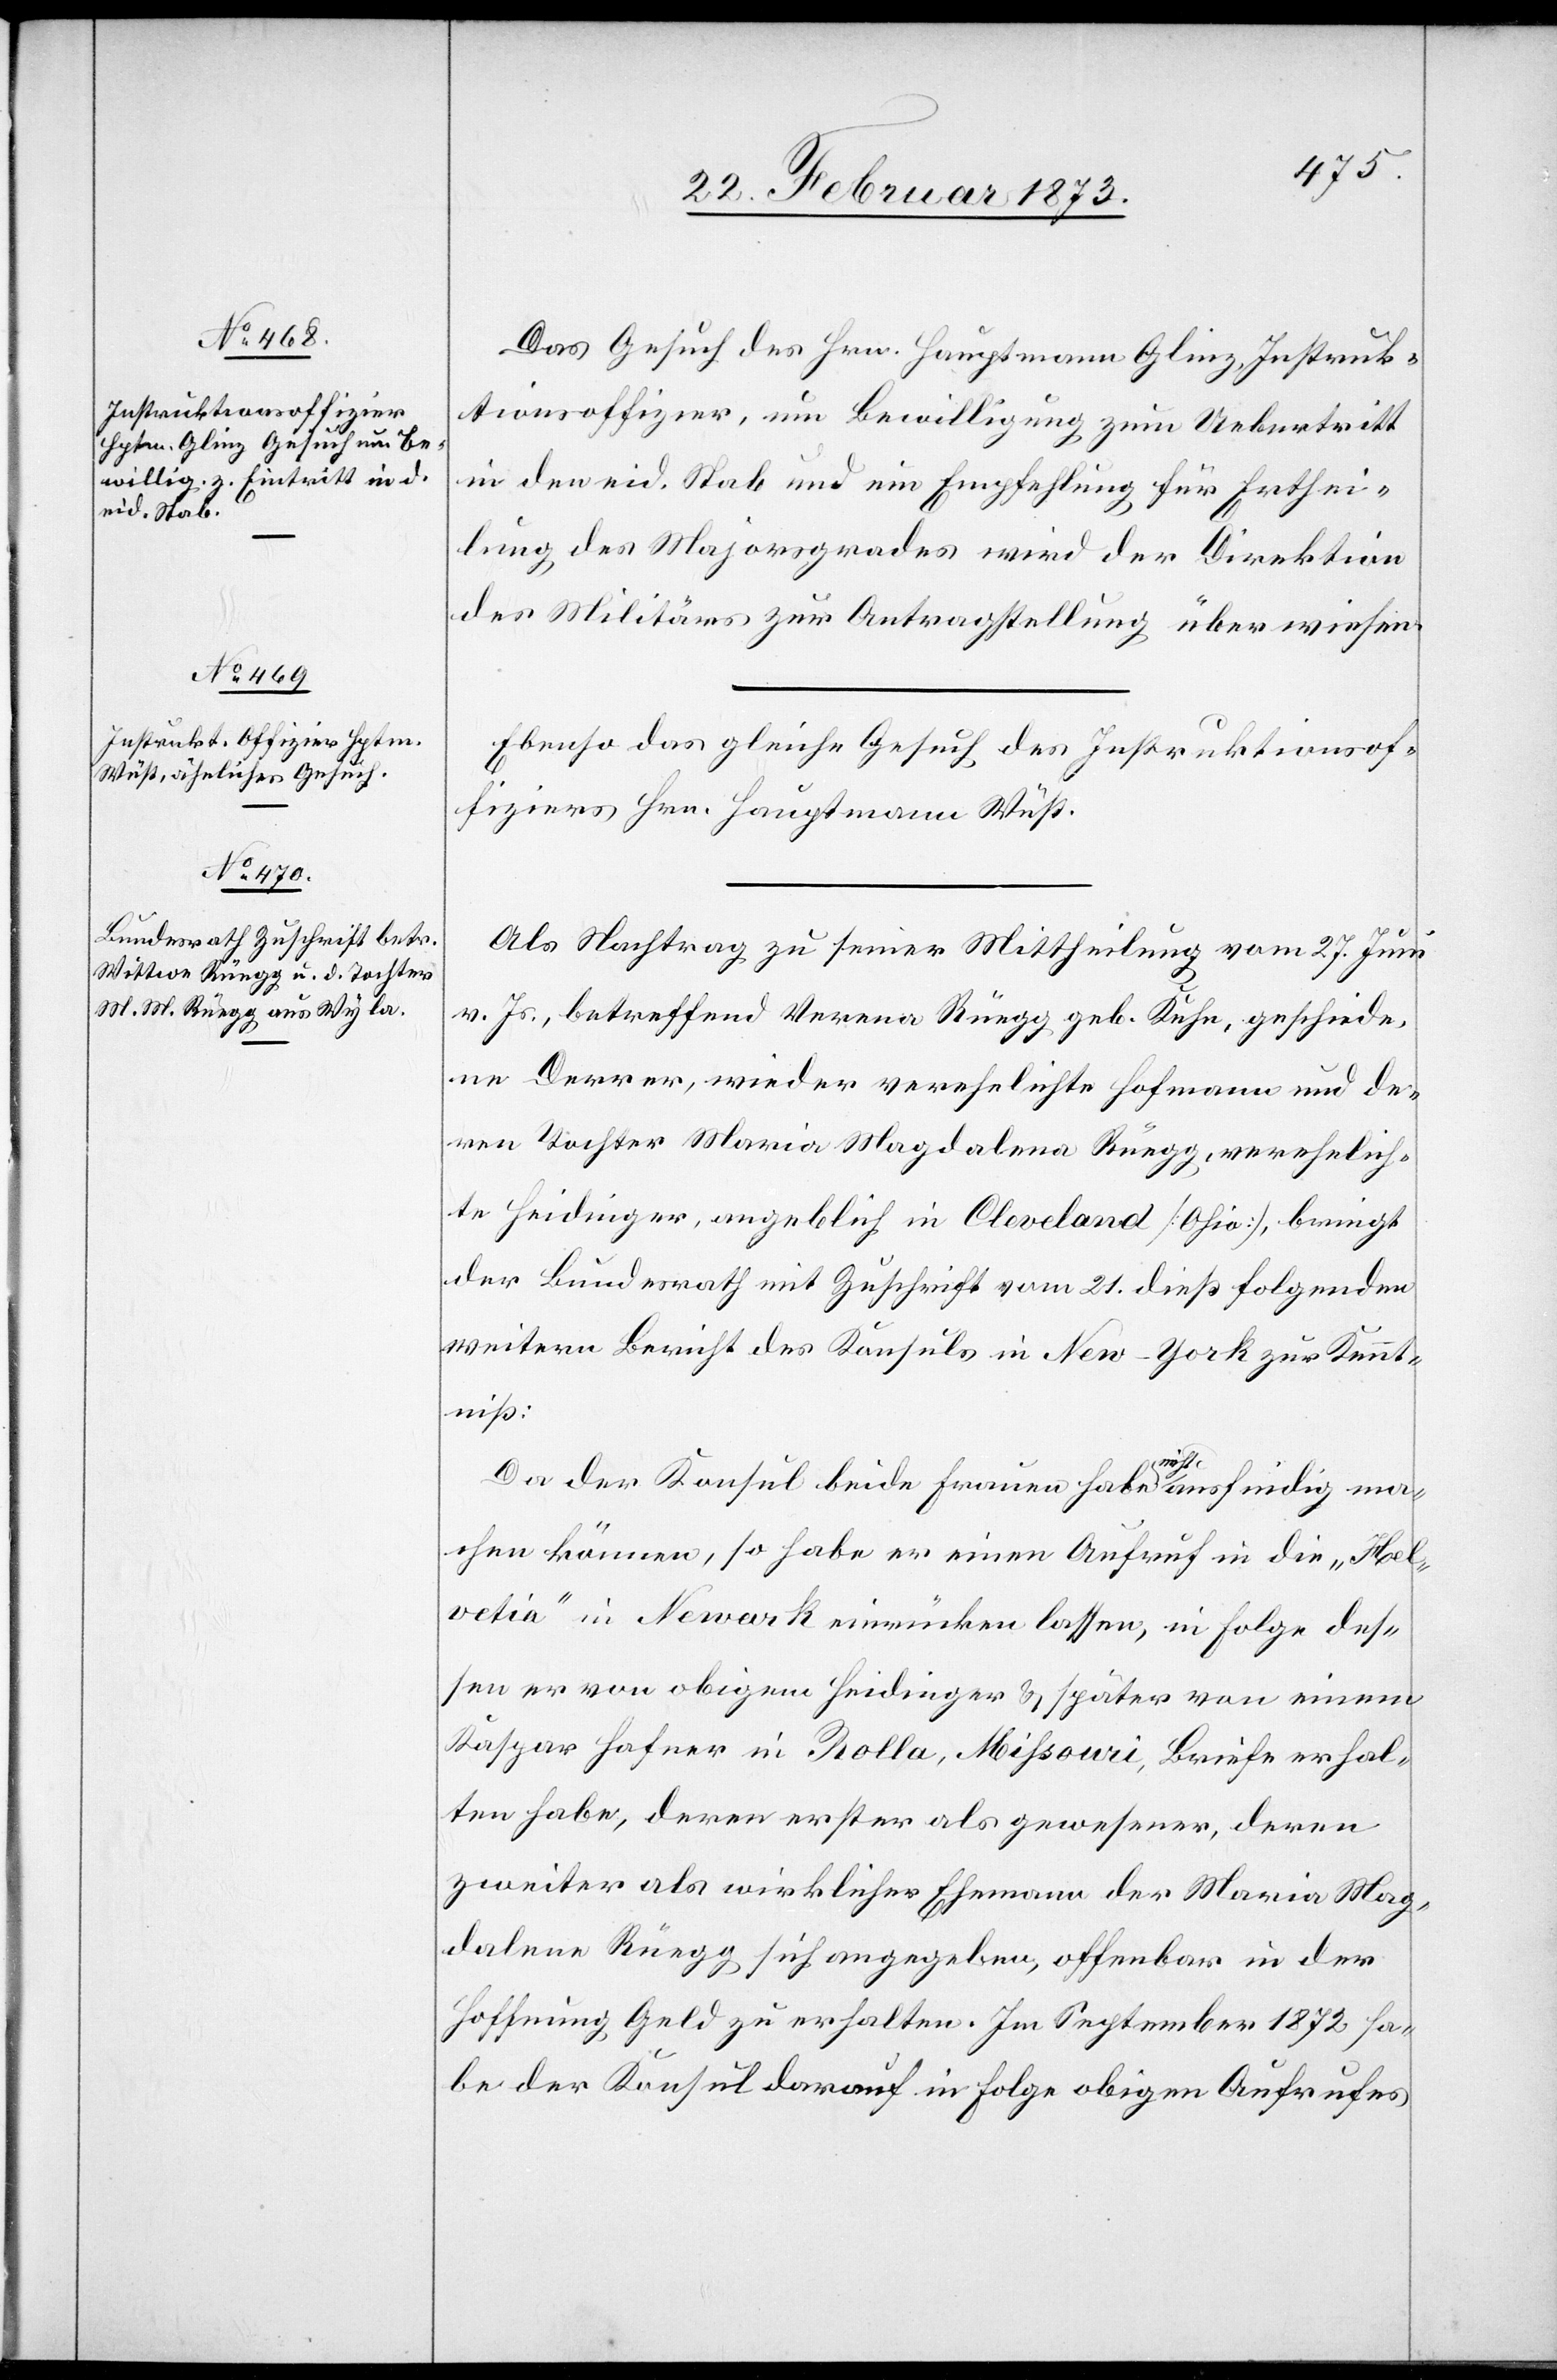
25. Februar 1873.]
Das Gesuch des Hrn. Hauptmann Glinz, Instruk¬
tionsoffizier, um Bewilligung zum Uebertritt
in den eid. Stab und ein[e] Empfehlung für Erthei¬
lung des Majorsgrades wird der Direktion
des Militärs zur Antragstellung überwiesen.
Ebenso das gleiche Gesuch des Instruktionsof¬
fiziers Hrn. Hauptmann Wüst.
Als Nachtrag zu seiner Mittheilung vom 27. Juni
v. Js., betreffend Verena Rüegg geb. Kuhn, geschiede¬
ne Derrer, wieder verehelichte Hofmann und de¬
ren Tochter Maria Magdalena Rüegg, verehelich¬
te Heidinger, angeblich in Cleveland [Ohio], bringt
der Bundesrath mit Zuschrift vom 21. dieß folgenden
weitern Bericht des Konsuls in New-York zur Kennt¬
niß:
Da der Konsul beide Frauen habe nicht ausfindig ma¬
chen können, so habe er einen Aufruf in die „Hel¬
vetia“ in Newark einrücken lassen, in Folge des¬
sen er von obigem Heidinger u. später von einem
Kaspar Hofner in Rolla, Missouri, Briefe erhal¬
ten habe, deren erster als gewesener, deren
zweiter als wirklicher Ehemann der Maria Mag¬
dalena Rüegg sich angegeben, offenbar in der
Hoffnung Geld zu erhalten. Im September 1872 ha¬
be der Konsul darauf in Folge obigen Aufrufes